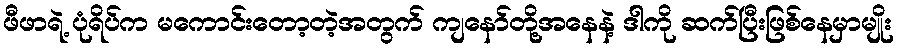
ဖီဖာရဲ့ ပုံရိပ်က မကောင်းတော့တဲ့အတွက် ကျနော်တို့အနေနဲ့ ဒါကို ဆက်ပြီးဖြစ်နေမှာမျိုး